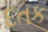
દતક